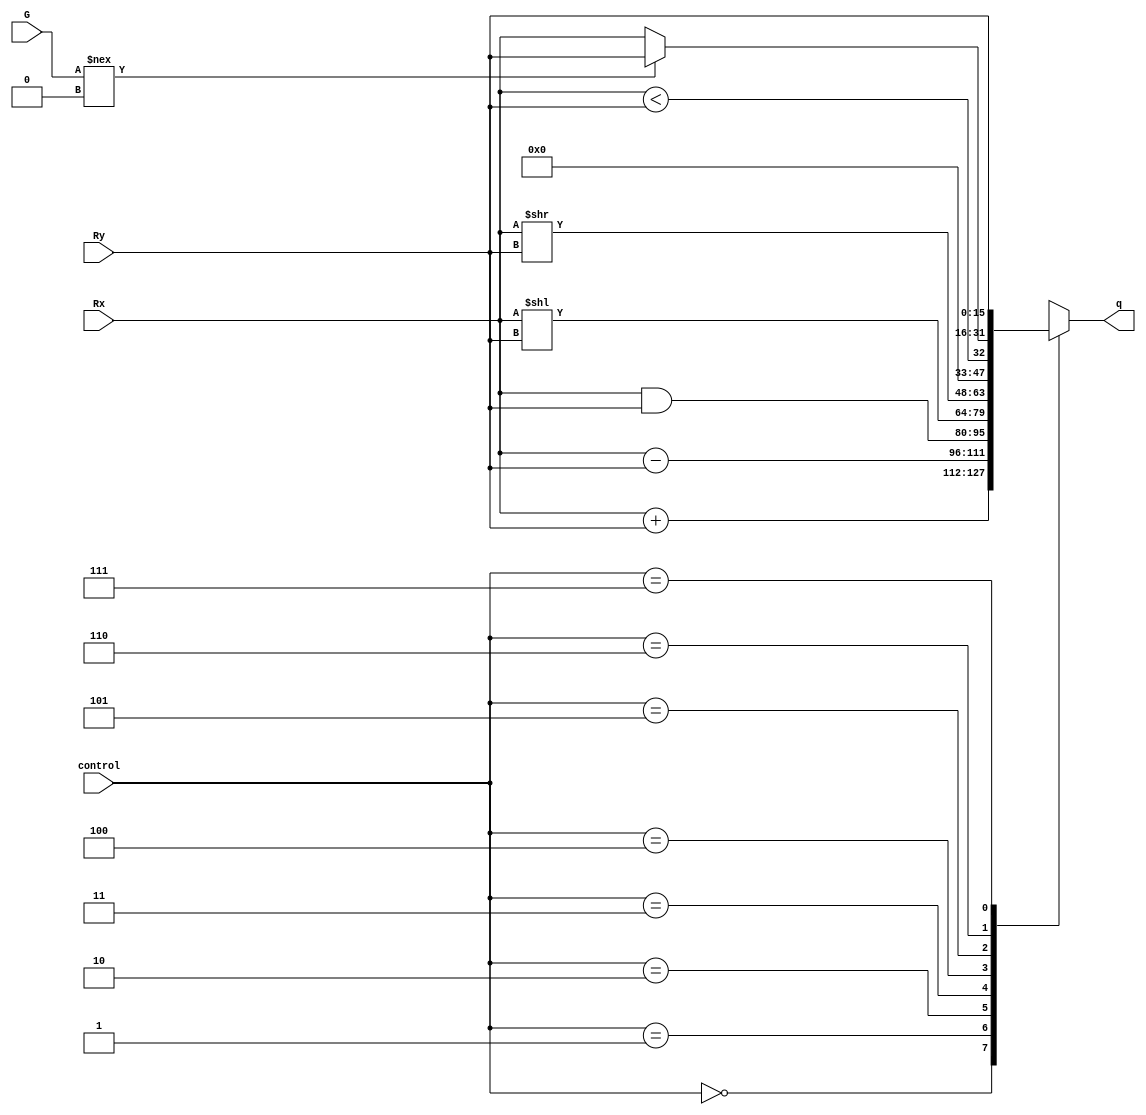
module ALU (
  input [2:0] control,
  input [15:0] Rx, Ry, G,
  output reg [15:0] q
);

  always @*
    case(control)
      3'b000: q <= Rx + Ry;
      3'b001: q <= Rx - Ry;
      3'b010: q <= Rx & Ry;
      3'b011: q <= Rx << Ry;
      3'b100: q <= Rx >> Ry;
      3'b101: q <= Rx < Ry;
      3'b110: q <= G !== 0 ? Ry : Rx;
      3'b111: q <= Ry;
      default: q <= 16'b0;
    endcase

endmodule